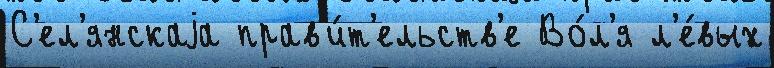
С'ел'янскаjа прав'и́т'ельств'е Во́л'я л'е́вых